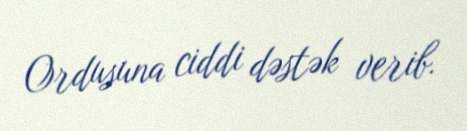
Ordusuna ciddi dəstək verib.